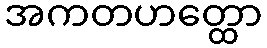
အကတဟတ္ထော